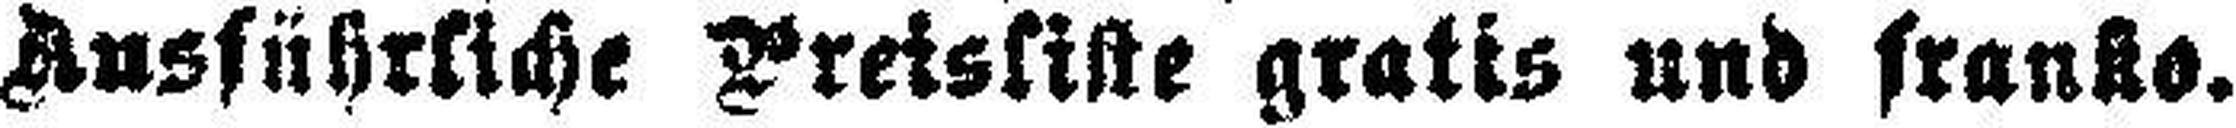
Ausführliche Preisliste gratis und franko.